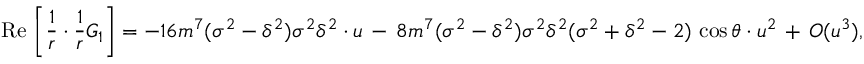
\mathrm { R e } \, \left[ \frac { 1 } { r } \cdot \frac { 1 } { r } G _ { 1 } \right] = - 1 6 m ^ { 7 } ( \sigma ^ { 2 } - \delta ^ { 2 } ) \sigma ^ { 2 } \delta ^ { 2 } \cdot u \, - \, 8 m ^ { 7 } ( \sigma ^ { 2 } - \delta ^ { 2 } ) \sigma ^ { 2 } \delta ^ { 2 } ( \sigma ^ { 2 } + \delta ^ { 2 } - 2 ) \, \cos \theta \cdot u ^ { 2 } \, + \, { \cal O } ( u ^ { 3 } ) ,